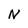
Character: N